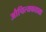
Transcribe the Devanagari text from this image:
औचित्यकाप्रश्न